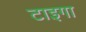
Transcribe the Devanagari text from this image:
टाइगा